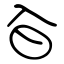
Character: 㒲